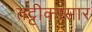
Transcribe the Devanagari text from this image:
तट्टीकासार